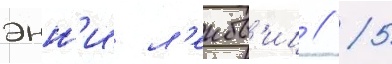
энн'и л'еибов'иц // 5